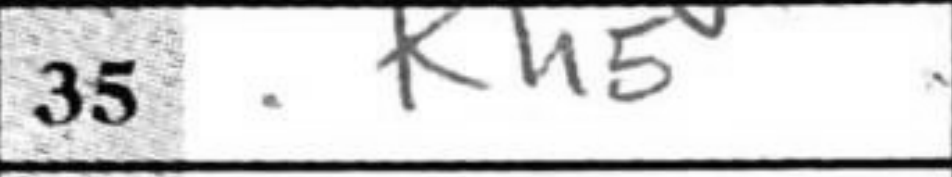
Transcription: Kh5